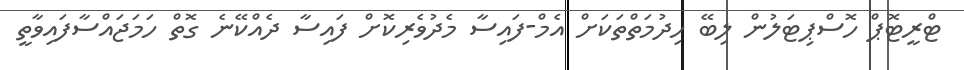
ޓްރީޓޮޕް ހޮސްޕިޓަލުން ލިބޭ ހިދުމަތްތަކަށް އެމް-ފައިސާ މެދުވެރިކޮށް ފައިސާ ދެއްކޭނެ ގޮތް ހަމަޖައްސާފައިވާތީ